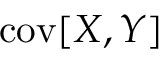
\operatorname { c o v } [ X , Y ]